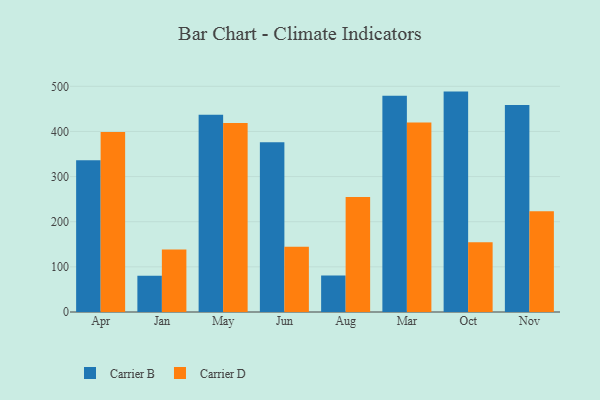
{"axis": {"x": "Month", "y": "Net Income (USD K)"}, "legend": ["Carrier B", "Carrier D"], "data": [{"x": "Apr", "y": 336.4, "type": "Carrier B"}, {"x": "Apr", "y": 398.8, "type": "Carrier D"}, {"x": "Jan", "y": 80.1, "type": "Carrier B"}, {"x": "Jan", "y": 138.5, "type": "Carrier D"}, {"x": "May", "y": 437.0, "type": "Carrier B"}, {"x": "May", "y": 418.7, "type": "Carrier D"}, {"x": "Jun", "y": 375.9, "type": "Carrier B"}, {"x": "Jun", "y": 144.3, "type": "Carrier D"}, {"x": "Aug", "y": 81.1, "type": "Carrier B"}, {"x": "Aug", "y": 254.6, "type": "Carrier D"}, {"x": "Mar", "y": 479.2, "type": "Carrier B"}, {"x": "Mar", "y": 420.1, "type": "Carrier D"}, {"x": "Oct", "y": 488.3, "type": "Carrier B"}, {"x": "Oct", "y": 154.3, "type": "Carrier D"}, {"x": "Nov", "y": 458.8, "type": "Carrier B"}, {"x": "Nov", "y": 223.0, "type": "Carrier D"}]}